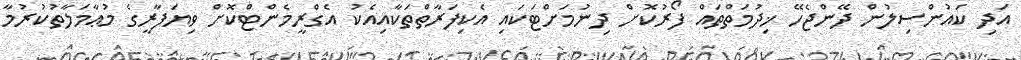
އަދި ކައުންސިލުން ދޭންޖެހޭ ޚިދުމަތްތައް ފޯރުކޮށް ދިނުމަށްޓަކައި އެކިފަރާތްތަކާއިއެކު އެގްރީމެންޓްކޮށް ވިޔަފާރީގެ މުޢާމަލާތުކުރުމާ